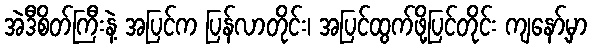
အဲဒီစိတ်ကြီးနဲ့ အပြင်က ပြန်လာတိုင်း၊ အပြင်ထွက်ဖို့ပြင်တိုင်း ကျနော့်မှာ